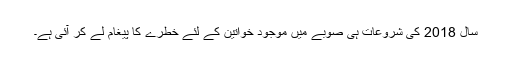
سال 2018 کی شروعات ہی صوبے میں موجود خواتین کے لئے خطرے کا پیغام لے کر آئی ہے۔